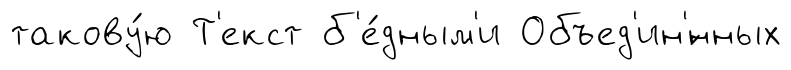
такову́ю Т'екст б'е́дным'и Объед'ин'́нных